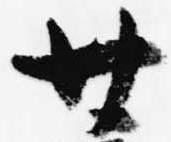
廿